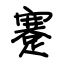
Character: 蹇